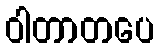
ဝါတာတပေ